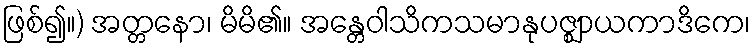
ဖြစ်၍။) အတ္တနော၊ မိမိ၏။ အန္တေဝါသိကသမာနုပဇ္ဈာယကာဒိကေ၊